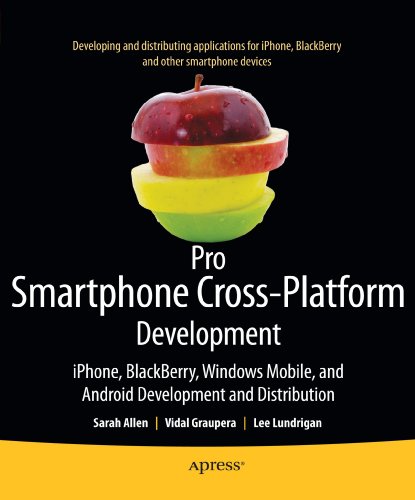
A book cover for Pro Smartphone Cross-Platform Development: iPhone, Blackberry, Windows Mobile and Android Development and Distribution; Sarah Allen; Computers & Technology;